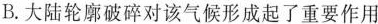
B.大陆轮廓破碎对该气候形成起了重要作用